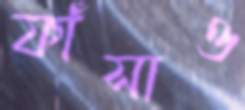
ফাঁসাও